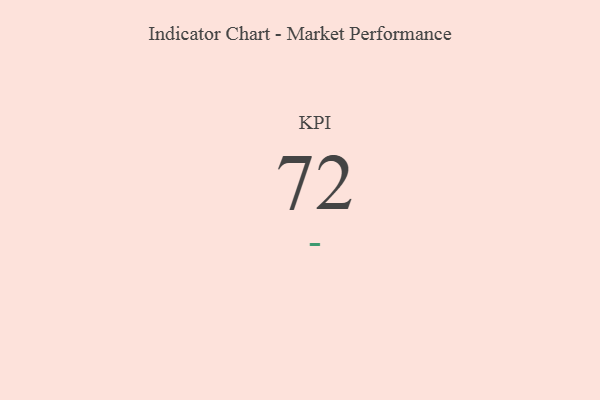
{"axis": {"x": "KPI", "y": "Value"}, "legend": [""], "data": [{"x": "KPI", "y": 72, "type": ""}]}